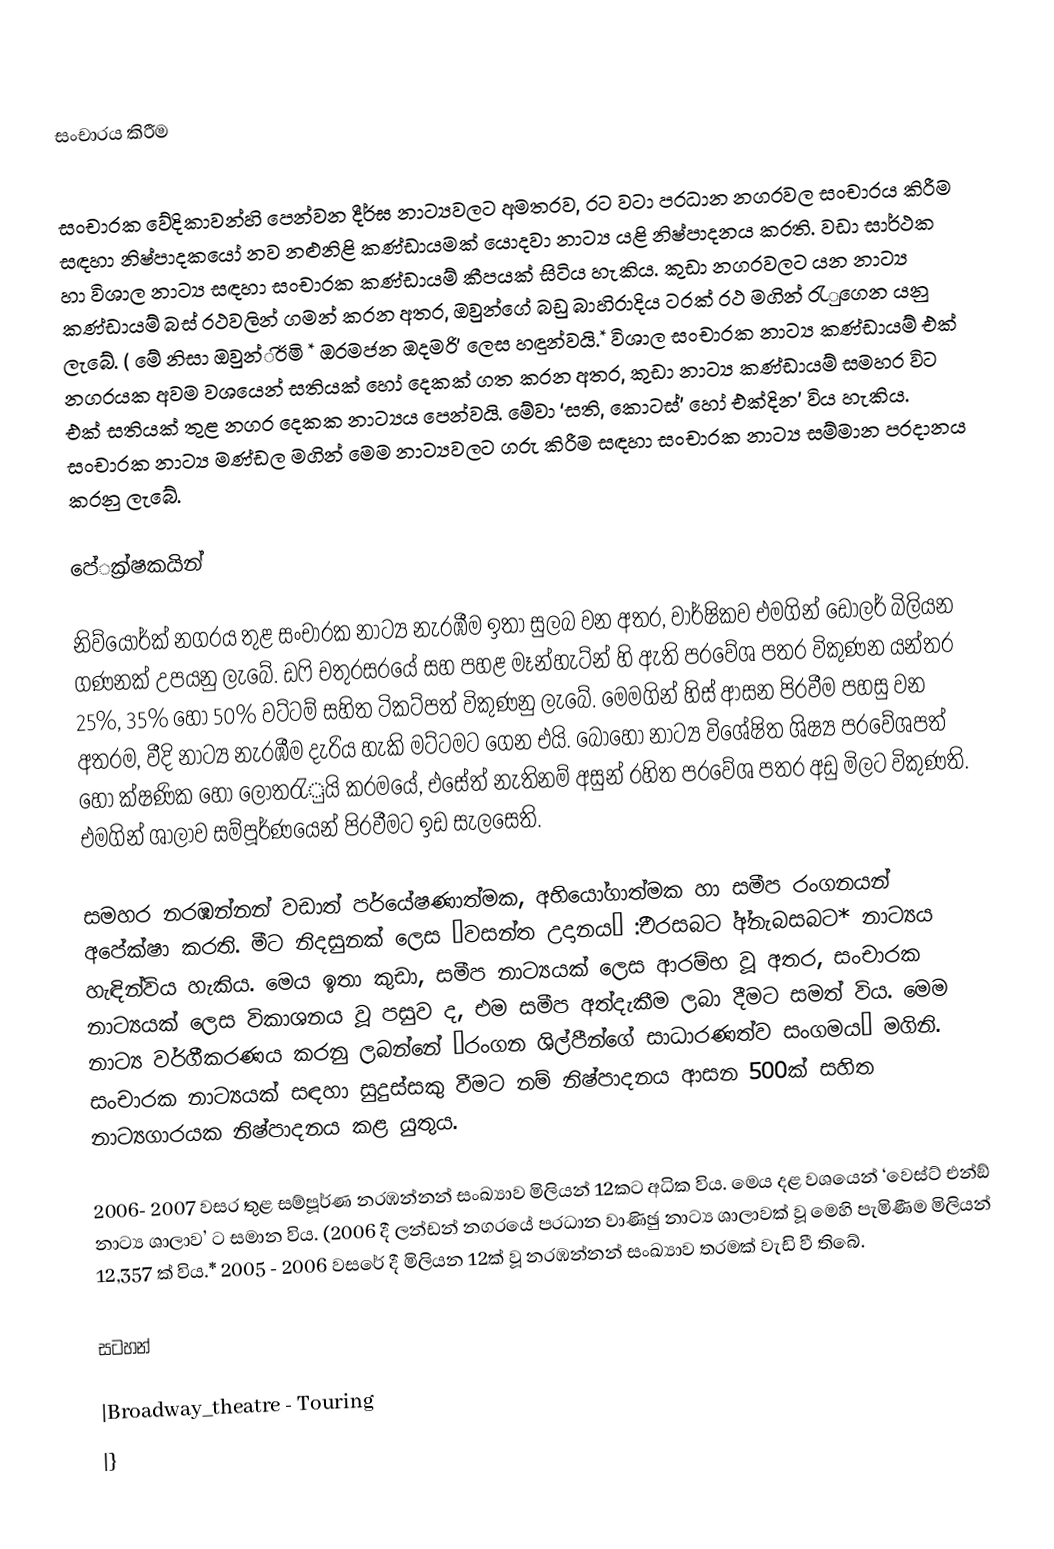

සංචාරය කිරීම

සංචාරක වේදිකාවන්හි පෙන්වන දීර්ඝ නාට්‍යවලට අමතරව, රට වටා ප‍්‍රධාන නගරවල සංචාරය කිරීම සඳහා නිෂ්පාදකයෝ නව නළුනිළි කණ්ඩායමක් යොදවා නාට්‍ය යළි නිෂ්පාදනය කරති. වඩා සාර්ථක හා විශාල නාට්‍ය සඳහා සංචාරක කණ්ඩායම් කීපයක් සිටිය හැකිය. කුඩා නගරවලට යන නාට්‍ය කණ්ඩායම් බස් රථවලින් ගමන් කරන අතර, ඔවුන්ගේ බඩු බාහිරාදිය ට‍්‍රක් රථ මගින් රැුගෙන යනු ලැබේ. ( මේ නිසා ඔවුන්ිඊමි * ඔරමජන ඔදමරි’ ලෙස හඳුන්වයි.* විශාල සංචාරක නාට්‍ය කණ්ඩායම් එක් නගරයක අවම වශයෙන් සතියක් හෝ දෙකක් ගත කරන අතර, කුඩා නාට්‍ය කණ්ඩායම් සමහර විට එක් සතියක් තුළ නගර දෙකක නාට්‍යය පෙන්වයි. මේවා ‘සති, කොටස්’ හෝ එක්දින’ විය හැකිය. සංචාරක නාට්‍ය මණ්ඩල මගින් මෙම නාට්‍යවලට ගරු කිරීම සඳහා සංචාරක නාට්‍ය සම්මාන ප‍්‍රදානය කරනු ලැබේ.

පේ‍්‍රක්ෂකයින්

නිව්යෝර්ක් නගරය තුළ සංචාරක නාට්‍ය නැරඹීම ඉතා සුලබ වන අතර, වාර්ෂිකව එමගින් ඩෝලර් බිලියන ගණනක් උපයනු ලැබේ. ඩෆි චතුරස‍්‍රයේ සහ පහළ මෑන්හැට්න් හි ඇති ප‍්‍රවේශ පත‍්‍ර විකුණන යන්ත‍්‍ර 25%, 35% හෝ 50% වට්ටම් සහිත ටිකට්පත් විකුණනු ලැබේ. මෙමගින් හිස් ආසන පිරවීම පහසු වන අතරම, වීදි නාට්‍ය නැරඹීම දැරිය හැකි මට්ටමට ගෙන එයි. බොහෝ නාට්‍ය විශේෂිත ශිෂ්‍ය ප‍්‍රවේශපත් හෝ ක්ෂණික හෝ ලොතරැුයි ක‍්‍රමයේ, එසේත් නැතිනම් අසුන් රහිත ප‍්‍රවේශ පත‍්‍ර අඩු මිලට විකුණති. එමගින් ශාලාව සම්පූර්ණයෙන් පිරවීමට ඉඩ සැලසෙති.

සමහර නරඹන්නන් වඩාත් පර්යේෂණාත්මක, අභියෝගාත්මක හා සමීප රංගනයන් අපේක්ෂා කරති. මීට නිදසුනක් ලෙස ‘වසන්ත උදානය’ :ීචරසබට ්අ්නැබසබට*  නාට්‍යය හැඳින්විය හැකිය. මෙය ඉතා කුඩා, සමීප නාට්‍යයක් ලෙස ආරම්භ වූ අතර, සංචාරක නාට්‍යයක් ලෙස විකාශනය වූ පසුව ද, එම සමීප අත්දැකීම ලබා දීමට සමත් විය. මෙම නාට්‍ය වර්ගීකරණය කරනු ලබන්නේ ‘රංගන ශිල්පීන්ගේ සාධාරණත්ව සංගමය’ මගිනි. සංචාරක නාට්‍යයක් සඳහා සුදුස්සකු වීමට නම් නිෂ්පාදනය ආසන 500ක් සහිත නාට්‍යගාරයක නිෂ්පාදනය කළ යුතුය.

2006- 2007 වසර තුළ සම්පූර්ණ නරඹන්නන් සංඛ්‍යාව මිලියන් 12කට අධික විය. මෙය දළ වශයෙන් ‘වෙස්ට් එන්ඞ් නාට්‍ය ශාලාව’ ට සමාන විය. (2006 දී ලන්ඩන් නගරයේ ප‍්‍රධාන වාණිඡු නාට්‍ය ශාලාවක් වූ මෙහි පැමිණීම මිලියන් 12,357 ක් විය.* 2005 - 2006 වසරේ දී මිලියන 12ක් වූ නරඹන්නන් සංඛ්‍යාව තරමක් වැඩි වී තිබේ.

සටහන්

|Broadway_theatre - Touring
|}